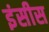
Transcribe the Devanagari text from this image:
इंसीस